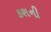
કશની